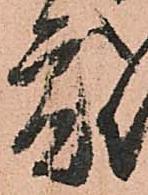
度